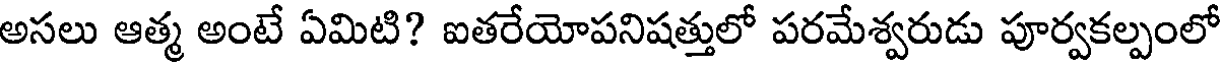
అసలు ఆత్మ అంటే ఏమిటి? ఐతరేయోపనిషత్తులో పరమేశ్వరుడు పూర్వకల్పంలో